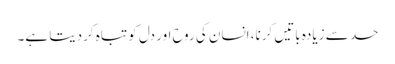
حد سے زیادہ باتیں کرنا، انسان کی روح اور دل کو تباہ کردیتا ہے۔